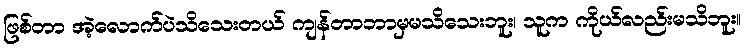
ဖြစ်တာ အဲ့လောက်ပဲသိသေးတယ် ကျန်တာဘာမှမသိသေးဘူး၊ သူက ကိုယ်လည်းမသိဘူး။